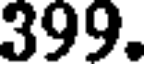
399.